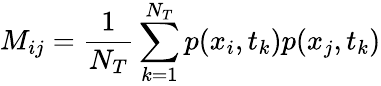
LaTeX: M_{ij}=\frac{1}{N_{T}}\sum_{k=1}^{N_{T}}p(x_{i},t_{k})p(x_{j},t_{k})